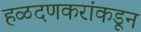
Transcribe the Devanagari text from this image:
हळदणकरांकडून